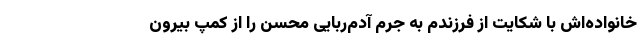
خانواده‌اش با شکایت از فرزندم به جرم آدم‌ربایی محسن را از کمپ بیرون